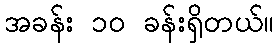
အခန်း ၁၀ ခန်းရှိတယ်။